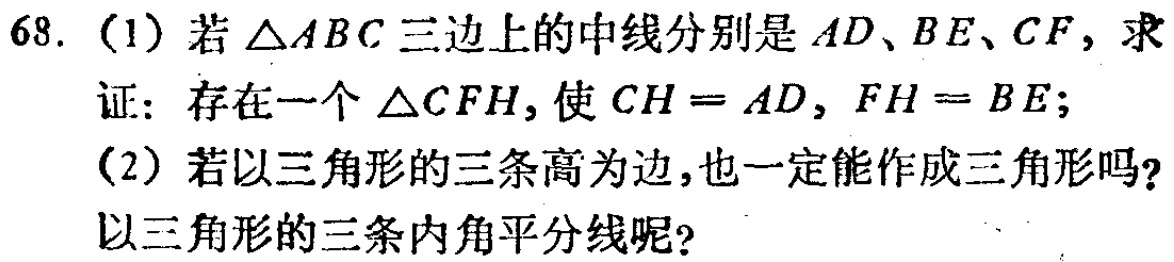
68. (1) 若\(\triangle ABC\)三边上的中线分别是\(AD\)、\(BE\)、\(CF\)，求
证：存在一个\(\triangle CFH\)，使\(CH = AD\)，\(FH = BE\)；
(2) 若以三角形的三条高为边，也一定能作成三角形吗？
以三角形的三条内角平分线呢？